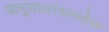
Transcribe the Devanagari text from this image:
अनुयायांसमवेत